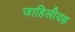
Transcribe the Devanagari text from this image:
जाहिलीयह